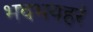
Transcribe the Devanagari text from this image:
भवभयहरं